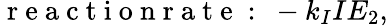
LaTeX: \mathrm{~r~e~a~c~t~i~o~n~r~a~t~e~:~}-k_{I}IE_{2},